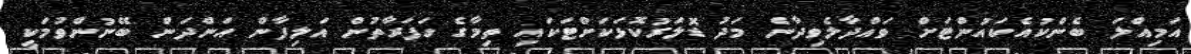
އަމިއްލަ ބެންކުއެކައުންޓަށް ވައްދާލެވިދާނެ މަދު ޑޮލަރުކޮޅަކަށްޓަކައި ތިމާގެ ހަފަރާތުން އަލިފާން އަންދަން ބޭނުންވުމަކީ